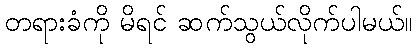
တရားခံကို မိရင် ဆက်သွယ်လိုက်ပါမယ်။